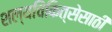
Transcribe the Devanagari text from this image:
शल्यचिकित्सेसाठी